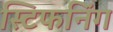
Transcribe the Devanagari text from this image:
स्टिफनिंग